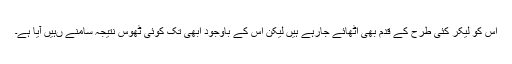
اس کو لیکر کئی طرح کے قدم بھی اٹھائے جارہے ہیں لیکن اس کے باوجود ابھی تک کوئی ٹھوس نتیجہ سامنے ںہیں آیا ہے۔